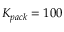
K _ { p a c k } = 1 0 0